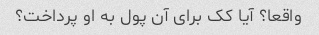
واقعا؟ آیا کک برای آن پول به او پرداخت؟